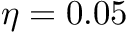
\eta = 0 . 0 5